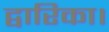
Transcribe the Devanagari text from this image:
द्वारिका।